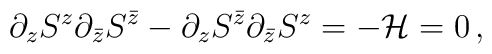
\partial_zS^{z}\partial_{\bar{z}} S^{\bar{z}} - \partial_{z}S^{\bar{z}} \partial_{\bar{z}} S^z=-{\cal H}= 0\,,